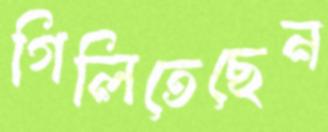
গিলিতেছেন